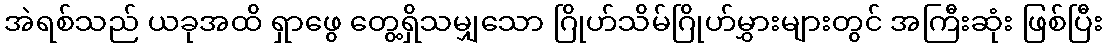
အဲရစ်သည် ယခုအထိ ရှာဖွေ တွေ့ရှိသမျှသော ဂြိုဟ်သိမ်ဂြိုဟ်မွှားများတွင် အကြီးဆုံး ဖြစ်ပြီး